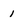
Character: 1